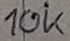
Text: 10k